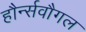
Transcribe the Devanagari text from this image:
हौर्न्सवौगल